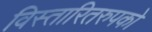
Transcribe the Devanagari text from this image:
विस्तारितरुपको